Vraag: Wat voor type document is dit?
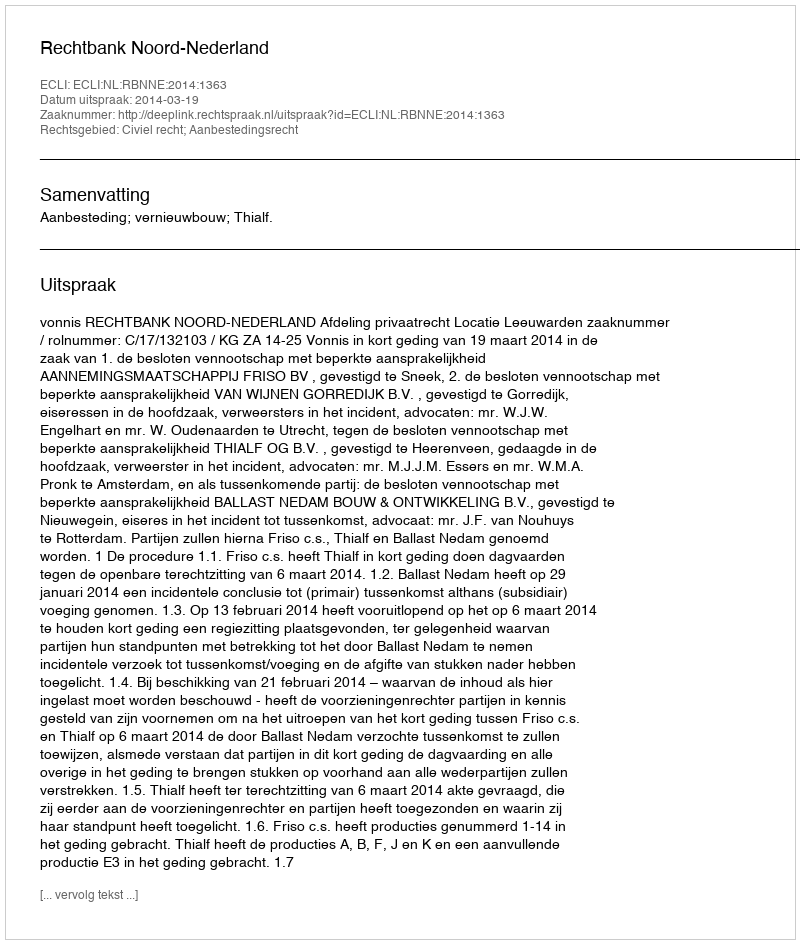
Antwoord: Uitspraak